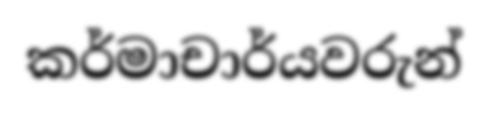
කර්මාචාර්යවරුන්